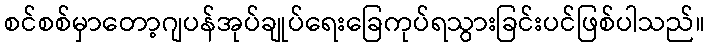
စင်စစ်မှာတော့ဂျပန်အုပ်ချုပ်ရေးခြေကုပ်ရသွားခြင်းပင်ဖြစ်ပါသည်။